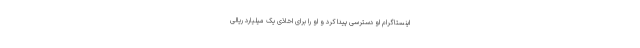
اینستاگرام او دسترسی پیدا کرد و او را برای اخاذی یک میلیارد ریالی